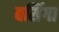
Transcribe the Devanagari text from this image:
बसिंगा